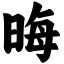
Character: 晦